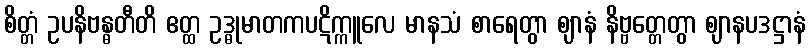
စိတ္တံ ဥပနိဗန္ဓတီတိ ဧတ္ထ ဥဒ္ဓုမာတကပဋိက္ကူလေ မာနသံ စာရေတွာ ဈာနံ နိဗ္ဗတ္တေတွာ ဈာနပဒဋ္ဌာနံ